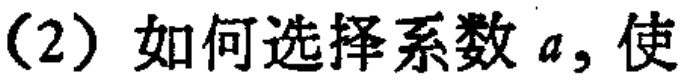
（2）如何选择系数 \(a\)，使